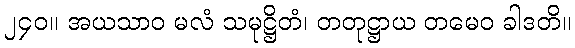
၂၄၀။ အယသာဝ မလံ သမုဋ္ဌိတံ၊ တတုဋ္ဌာယ တမေဝ ခါဒတိ။